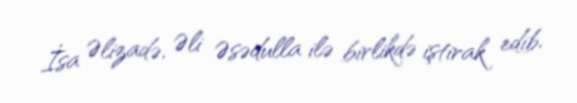
İsa Əlizadə, Əli Əsədulla ilə birlikdə iştirak edib.